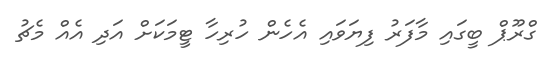
ގްރޫޕް ބީގައި މާފަރު ފިޔަވައި އެހެން ހުރިހާ ޓީމަކަށް އަދި އެއް މެޗު